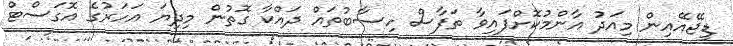
ޑީޖޭއޭއިން މިއަދު އާންމުކޮށްފައިވާ ތަފާސް ހިސާބުތައް ދައްކާ ގޮތުން މިދިޔަ އަހަރުގެ އޮގަސްޓް